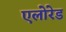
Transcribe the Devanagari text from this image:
एलोरेड